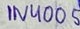
Text: 1N4005